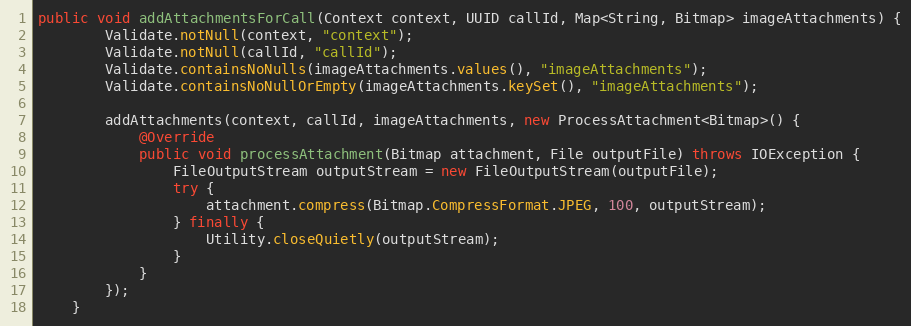
Language: Java
public void addAttachmentsForCall(Context context, UUID callId, Map<String, Bitmap> imageAttachments) {
        Validate.notNull(context, "context");
        Validate.notNull(callId, "callId");
        Validate.containsNoNulls(imageAttachments.values(), "imageAttachments");
        Validate.containsNoNullOrEmpty(imageAttachments.keySet(), "imageAttachments");

        addAttachments(context, callId, imageAttachments, new ProcessAttachment<Bitmap>() {
            @Override
            public void processAttachment(Bitmap attachment, File outputFile) throws IOException {
                FileOutputStream outputStream = new FileOutputStream(outputFile);
                try {
                    attachment.compress(Bitmap.CompressFormat.JPEG, 100, outputStream);
                } finally {
                    Utility.closeQuietly(outputStream);
                }
            }
        });
    }